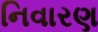
નિવારણ